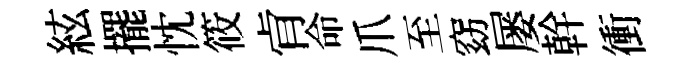
絃擺忱筱肻命爪至窈屡幹衝